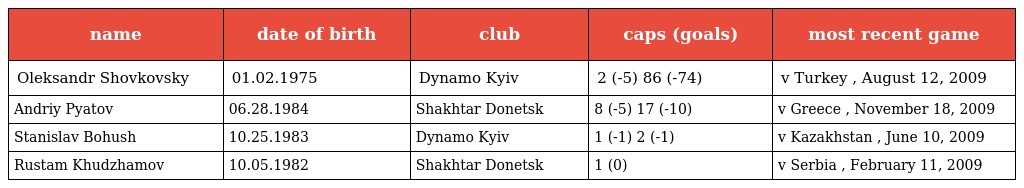
| name | date of birth | club | caps (goals) | most recent game |
 | --- | --- | --- | --- | --- |
 | Oleksandr Shovkovsky | 01.02.1975 | Dynamo Kyiv | 2 (-5) 86 (-74) | v Turkey , August 12, 2009 |
 | Andriy Pyatov | 06.28.1984 | Shakhtar Donetsk | 8 (-5) 17 (-10) | v Greece , November 18, 2009 |
 | Stanislav Bohush | 10.25.1983 | Dynamo Kyiv | 1 (-1) 2 (-1) | v Kazakhstan , June 10, 2009 |
 | Rustam Khudzhamov | 10.05.1982 | Shakhtar Donetsk | 1 (0) | v Serbia , February 11, 2009 |